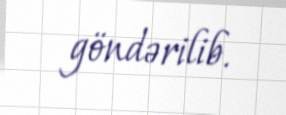
göndərilib.